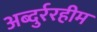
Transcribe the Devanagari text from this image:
अब्दुर्ररहीम